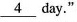
\underline{4} day."